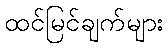
ထင်မြင်ချက်များ